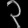
Digit: ၃